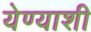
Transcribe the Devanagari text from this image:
येण्याशी